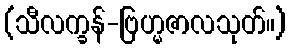
(သီလက္ခန်-ဗြဟ္မဇာလသုတ်။)